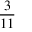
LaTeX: \frac { 3 } { 1 1 }